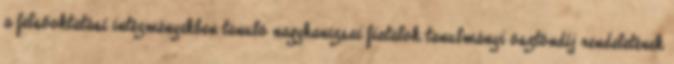
a felsőoktatási intézményekben tanuló nagykanizsai fiatalok tanulmányi ösztöndíj rendeletének